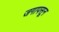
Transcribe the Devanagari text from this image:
जगापसून